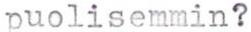
puolisemmin?